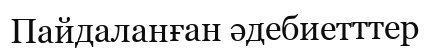
Пайдаланған әдебиетттер